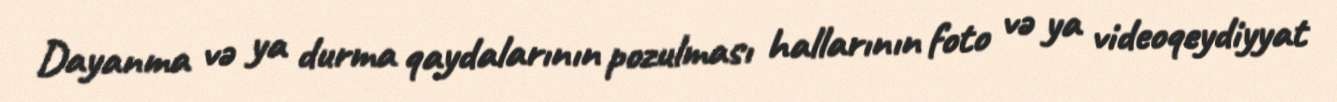
Dayanma və ya durma qaydalarının pozulması hallarının foto və ya videoqeydiyyat